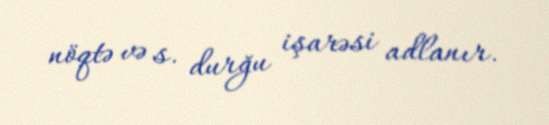
nöqtə və s. durğu işarəsi adlanır.